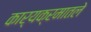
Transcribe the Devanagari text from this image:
कार्यक्रमातले